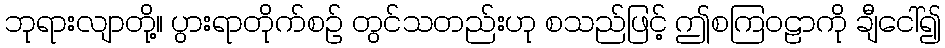
ဘုရားလျာတို့။ ပွားရာတိုက်စဉ် တွင်သတည်းဟု စသည်ဖြင့် ဤစကြဝဠာကို ချီငေါ်၍